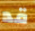
قد